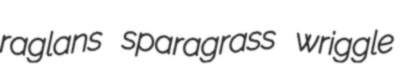
raglans sparagrass wriggle